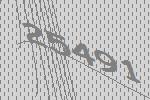
25491